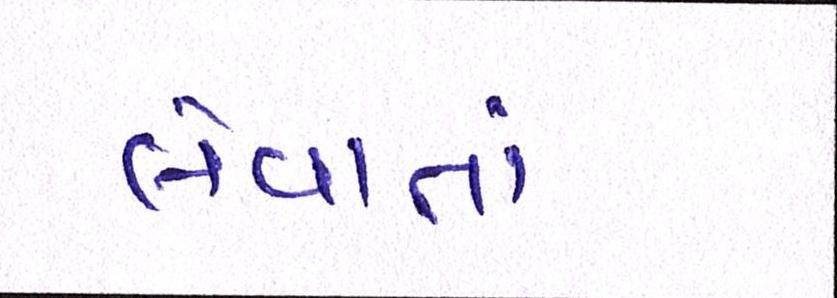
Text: લેવાતાં